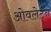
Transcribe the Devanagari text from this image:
ओवलेर्टन